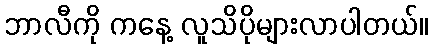
ဘာလီကို ကနေ့ လူသိပိုများလာပါတယ်။